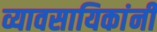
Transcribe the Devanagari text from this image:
व्यावसायिकांनी